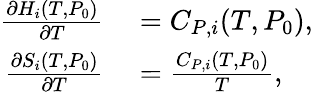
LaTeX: \begin{array}{rl}{\frac{\partial H_{i}(T,P_{0})}{\partial T}}&{{}=C_{P,i}(T,P_{0}),}\\ {\frac{\partial S_{i}(T,P_{0})}{\partial T}}&{{}=\frac{C_{P,i}(T,P_{0})}{T},}\end{array}